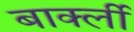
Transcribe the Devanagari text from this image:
बार्क्ली